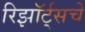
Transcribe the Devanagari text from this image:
रिझॉर्ट्‌सचे